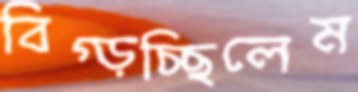
বিগ্‌ড়চ্ছিলেম